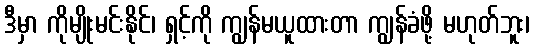
ဒီမှာ ကိုမျိုးမင်းနိုင်၊ ရှင့်ကို ကျွန်မယူထားတာ ကျွန်ခံဖို့ မဟုတ်ဘူး၊